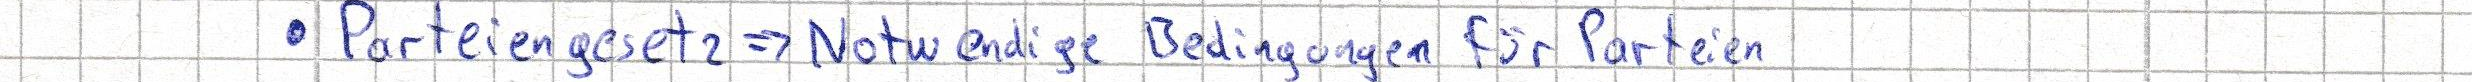
- Parteiengesetz => Notwendige Bedingungen für Parteien